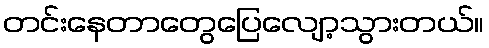
တင်းနေတာတွေပြေလျော့သွားတယ်။